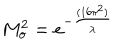
M _ { o } ^ { 2 } = e ^ { - { \frac { ( 1 6 \pi ^ { 2 } ) } { \lambda } } }